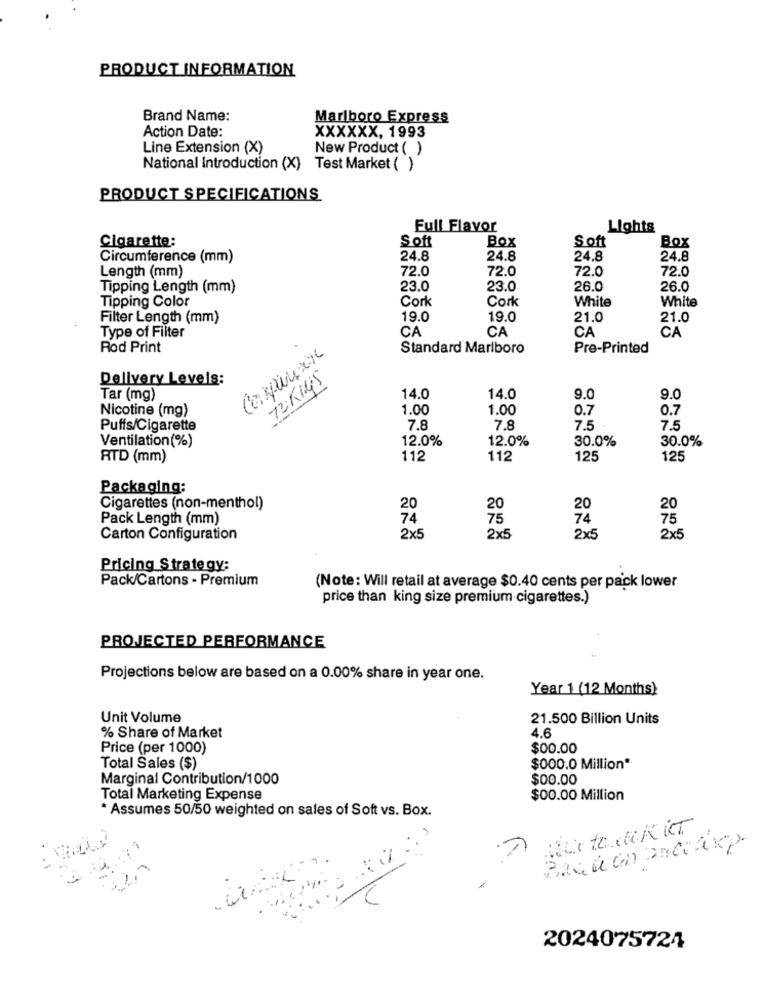
PRODUCT INFORMATION
Brand Name:
Marlboro Express
Action Date:
XXXXXX, 1993
Line Extension (X)
New Product ( )
National Introduction (X) Test Market ( )
PRODUCT SPECIFICATIONS
Full Flavor
Lights
Cigarette:
Soft
Box
Soft
Box
Circumference (mm)
24.8
24.8
24.8
24.8
Length (mm)
72.0
72.0
72.0
72.0
Tipping Length (mm)
23.0
23.0
26.0
26.0
Tipping Color
Cork
Cork
White
White
Filter Length (mm)
19.0
19.0
21.0
21.0
Type of Filter
CA
CA
CA
CA
Rod Print
Corpusxx
Standard Marlboro
Pre-Printed
Delivery Levels:
72 KIM's
Tar (mg)
14.0
14.0
9.0
9.0
Nicotine (mg)
1.00
1.00
0.7
0.7
Puffs/Cigarette
7.8
7.8
7.5
7.5
Ventilation (%)
12.0%
12.0%
30.0%
30.0%
RTD (mm)
112
112
125
125
Packaging:
Cigarettes (non-menthol)
20
20
20
Pack Length (mm)
74
75
74
Carton Configuration
2×5
2×5
2x5
2×5
Pricing Strategy:
Pack/Cartons - Premium
(Note: Will retail at average $0.40 cents per pack lower
price than king size premium cigarettes.)
PROJECTED PERFORMANCE
Projections below are based on a 0.00% share in year one.
Year 1 (12 Months)
Unit Volume
21.500 Billion Units
4.6
% Share of Market
Price (per 1000)
$00.00
Total Sales ($)
$000.0 Million*
Marginal Contribution/1000
$00.00
Total Marketing Expense
$00.00 Million
* Assumes 50/50 weighted on sales of Soft vs. Box.
2024075724